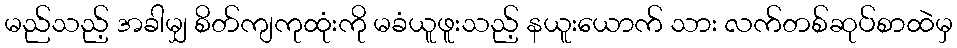
မည်သည့် အခါမျှ စိတ်ကျကုထုံးကို မခံယူဖူးသည့် နယူးယောက် သား လက်တစ်ဆုပ်စာထဲမှ